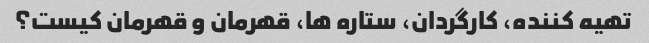
تهیه کننده، کارگردان، ستاره ها، قهرمان و قهرمان کیست؟